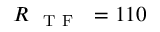
R _ { \mathrm { ~ { ~ T ~ F ~ } ~ } } = 1 1 0